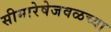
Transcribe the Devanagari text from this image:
सीमारेषेजवळच्या